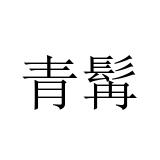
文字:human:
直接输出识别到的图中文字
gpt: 青髯